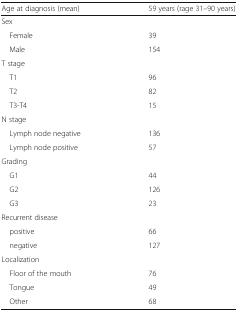
| Age at diagnosis (mean) | 59 years (rage 31–90 years) |
 | --- | --- |
 | <COLSPAN=2> Sex |
 | Female | 39 |
 | Male | 154 |
 | <COLSPAN=2> T stage |
 | T1 | 96 |
 | T2 | 82 |
 | T3-T4 | 15 |
 | <COLSPAN=2> N stage |
 | Lymph node negative | 136 |
 | Lymph node positive | 57 |
 | <COLSPAN=2> Grading |
 | G1 | 44 |
 | G2 | 126 |
 | G3 | 23 |
 | <COLSPAN=2> Recurrent disease |
 | positive | 66 |
 | negative | 127 |
 | <COLSPAN=2> Localization |
 | Floor of the mouth | 76 |
 | Tongue | 49 |
 | Other | 68 |